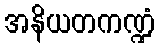
အနိယတကဏ္ဍံ